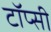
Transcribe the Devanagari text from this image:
टॉप्सी